Scientific memoirs by medical officers of the Army of India - Part VII,
Year: 1892
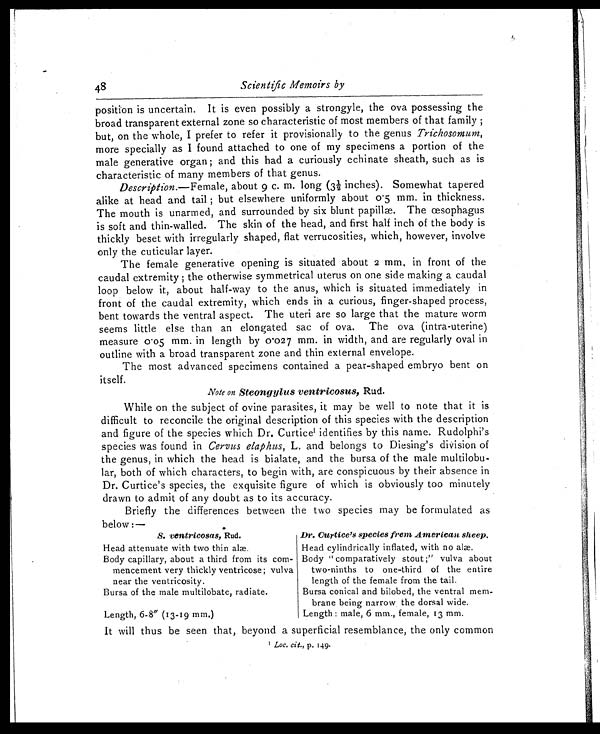
48 Scientific Memoirs by
position is uncertain. It is even possibly a strongyle, the ova possessing the
broad transparent external zone so characteristic of most members of that family ;
but, on the whole, I prefer to refer it provisionally to the genus Trichosomum,
more specially as I found attached to one of my specimens a portion of the
male generative organ ; and this had a curiously echinate sheath, such as is
characteristic of many members of that genus.
Description. —Female, about 9 c. m. long (3½ inches). Somewhat tapered
alike at head and tail ; but elsewhere uniformly about 0.5 mm. in thickness.
The mouth is unarmed, and surrounded by six blunt The œsophagus
is soft and thin-walled. The skin of the head, and first half inch of the body is
thickly beset with irregularly shaped, flat verrucosities, which, however, involve
only the cuticular layer.
The female generative opening is situated about 2 mm, in front of the
caudal extremity ; the otherwise symmetrical uterus on one side making a caudal
loop below it, about half-way to the anus, which is situated immediately in
front of the caudal extremity, which ends in a curious, finger-shaped process,
bent towards the ventral aspect. The uteri are so large that the mature worm
seems little else than an elongated sac of ova. The ova (intra-uterine)
measure 0.05 mm. in length by 0.027 mm. in width, and are regularly oval in
outline with a broad transparent zone and thin external envelope.
The most advanced specimens contained a pear-shaped embryo bent on
itself.
Note on Steongylus ventricosus, Rud.
While on the subject of ovine parasites, it may be well to note that it is
difficult to reconcile the original description of this species with the description
and figure of the species which Dr. Curtice1 i d e n t i f i e s b y t h i s n a m e . R u d o l p h i ' s
species was found in Cervus elaphus, L. and belongs to Diesing's division of
the genus, in which the head is bialate, and the bursa of the male multilobu-
lar, both of which characters, to begin with, are conspicuous by their absence in
Dr. Curtice's species, the exquisite figure of which is obviously too minutely
drawn to admit of any doubt as to its accuracy.
Briefly the differences between the two species may be formulated as
below :—
S. ventricosas, Rud.
Head attenuate with two thin alæ.
Body capillary, about a third from its com-
mencement very thickly ventricose; vulva
near the ventricosity.
Bursa of the male multilobate, radiate.
Length, 6-8 " (13-19 mm.)
Dr. Curtice's species frem American sheep
.
Head cylindrically inflated, with no alæ.
Body " comparatively stout ;" vulva about
two-ninths to one-third of the entire
length of the female from the tail.
Bursa conical and bilobed, the ventral mem-
brane being narrow the dorsal wide.
Length : male, 6 mm., female, 13 mm.
It will thus be seen that, beyond a superficial resemblance, the only common
1 Loc. cit., p. 149.